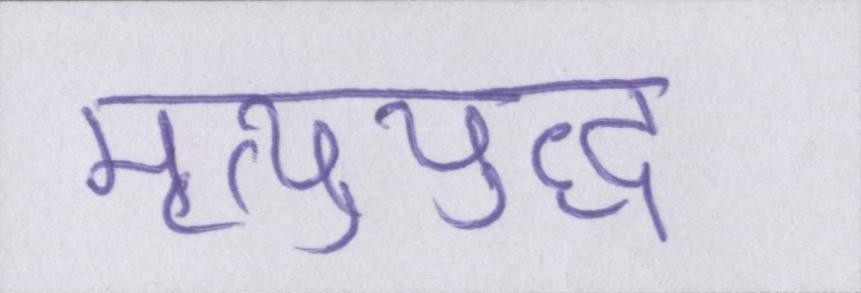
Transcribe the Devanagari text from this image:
मृत्युयुद्ध